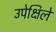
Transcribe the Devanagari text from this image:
उपेक्षिले